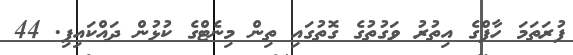
ފުރަތަމަ ހާފްގެ އިތުރު ވަގުތުގެ ގޮތުގައި ތިން މިނެޓްގެ ކުޅުން ދައްކައިފި. 44